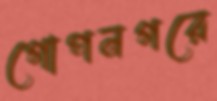
গোপনগরে